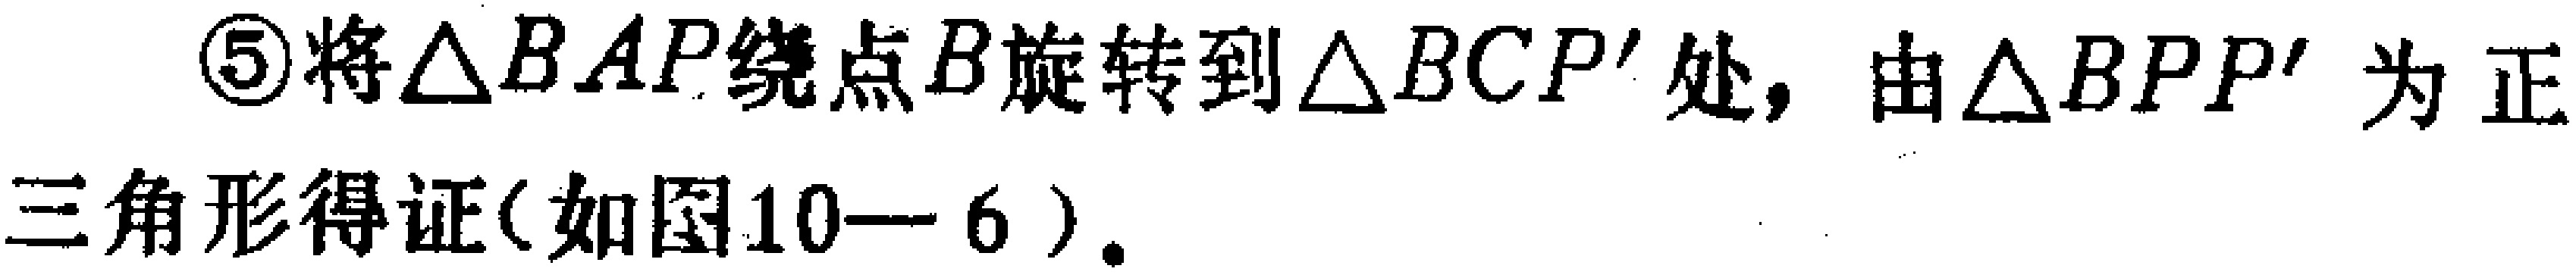
\textcircled{5}将\(\triangle BAP\)绕点\(B\)旋转到\(\triangle BCP'\)处，由\(\triangle BPP'\)为正三角形得证(如图10—6)。